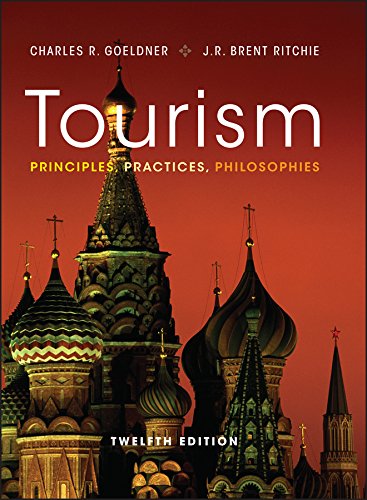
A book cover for Tourism: Principles, Practices, Philosophies; Charles R. Goeldner; Business & Money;